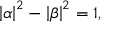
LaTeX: \left| \alpha \right| ^ { 2 } - \left| \beta \right| ^ { 2 } = 1 ,